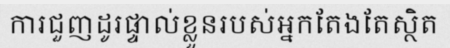
ការជួញដូរផ្ទាល់ខ្លួនរបស់អ្នកតែងតែស្ថិត